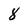
Character: 8